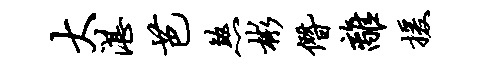
大湛芭煞彬僭离援